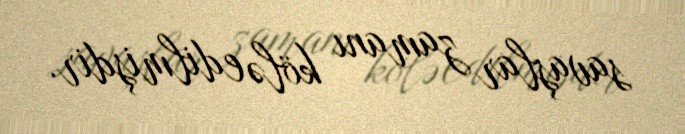
savaşlar zamanı kölə edilmişdir.